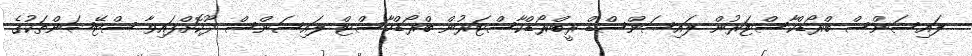
ލައިސަންސް ބްރޯޑްކާސްޓަރުން ލައިސަންސްޑް ރީބްރޯޑްކާސްޓަރުން ބްރޯޑްކާސްޓް ލައިސަންސް ދޫކޮށްފައިވާ ސްޓޭޝަންތަކުގެ